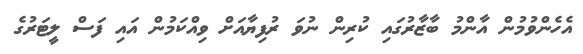
އެހެންވުމުން އާންމު ބާޒާރުގައި ކުރިން ނުވަ ރުފިޔާއަށް ވިއްކަމުން އައި ފަސް ލީޓަރުގެ